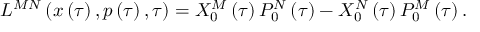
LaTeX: L ^ { M N } \left( x \left( \tau \right) , p \left( \tau \right) , \tau \right) = X _ { 0 } ^ { M } \left( \tau \right) P _ { 0 } ^ { N } \left( \tau \right) - X _ { 0 } ^ { N } \left( \tau \right) P _ { 0 } ^ { M } \left( \tau \right) .